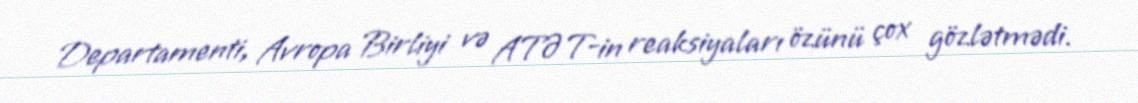
Departamenti, Avropa Birliyi və ATƏT-in reaksiyaları özünü çox gözlətmədi.